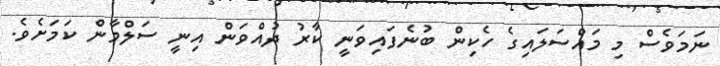
ނަމަވެސް މި މައްސަލައިގެ ހެކިން ބުނެފައިވަނީ ކާރު ދުއްވަން އިނީ ސަލްމާން ކަމަށެވެ.